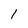
Character: 1